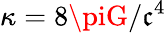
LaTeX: \kappa=8\piG/\mathfrak{c}^{4}